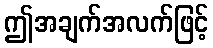
ဤအချက်အလက်ဖြင့်